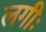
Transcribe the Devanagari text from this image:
लगीः